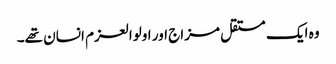
وہ ایک مستقل مزاج اور اولوالعزم انسان تھے۔